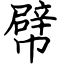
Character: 幦